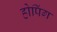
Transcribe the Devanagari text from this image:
होपिंग